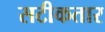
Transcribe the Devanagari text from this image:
सटीकतार